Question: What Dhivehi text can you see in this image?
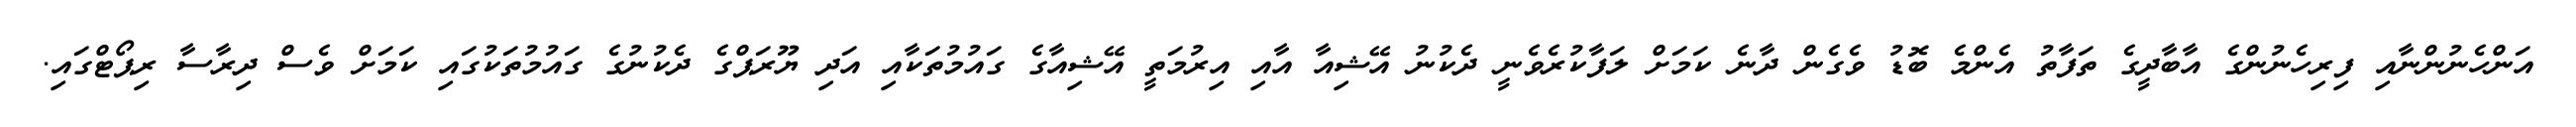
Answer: އަންހެނުންނާއި ފިރިހެނުންގެ އާބާދީގެ ތަފާތު އެންމެ ބޮޑު ވެގެން ދާނެ ކަމަށް ލަފާކުރެވެނީ ދެކުނު އޭޝިއާ އާއި އިރުމަތީ އޭޝިއާގެ ގައުމުތަކާއި އަދި ޔޫރަޕްގެ ދެކުނުގެ ގައުމުތަކުގައި ކަމަށް ވެސް ދިރާސާ ރިޕޯޓްގައި.